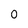
Character: 0